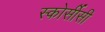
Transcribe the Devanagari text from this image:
स्कोर्सीसी